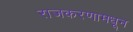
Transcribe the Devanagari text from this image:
राजकरणामधून